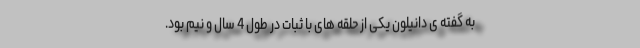
به گفته ی دانیلون یکی از حلقه های با ثبات در طول 4 سال و نیم بود.